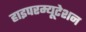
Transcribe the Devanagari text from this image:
हाइपरम्यूटेशन